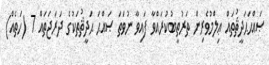
ޞައްޙަޙަދީޘުތައް ޢިލްމުވެރިން ތަރުތީބުކުރައްވާ ފައިވާ ނުވަތަ ޞައްޙަ ޙަދީޘުތަކުގެ ދަރަޖަތައް 7 (ހަތެއް)